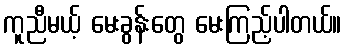
ကူညီမယ့် မေးခွန်းတွေ မေးကြည့်ပါတယ်။